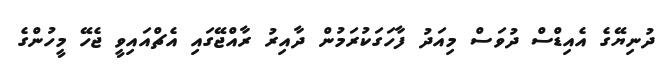
ދުނިޔޭގެ އެއިޑްސް ދުވަސް މިއަދު ފާހަގަކުރަމުން ދާއިރު ރާއްޖޭގައި އެޗްއައިވީ ޖެހޭ މީހުންގެ